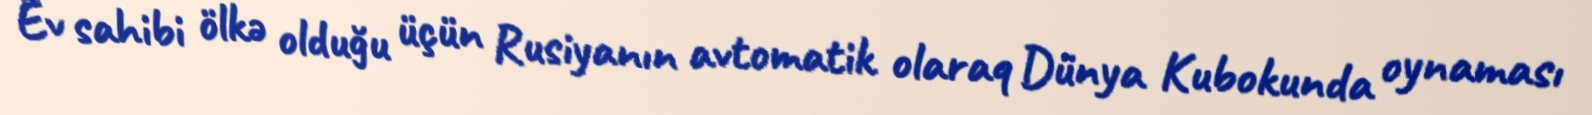
Ev sahibi ölkə olduğu üçün Rusiyanın avtomatik olaraq Dünya Kubokunda oynaması